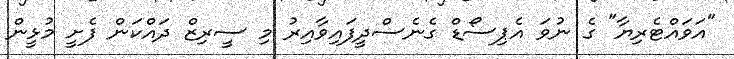
"އަވައްޓެރިޔާ" ގެ ނުވަ އެޕިސޯޑް ގެނެސްދީފައިވާއިރު މި ސީރިޒް ދައްކަން ފެށީ މުޅީން